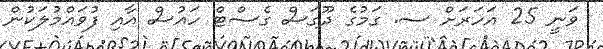
ވަނީ 25 އަހަރަށް ސ. ގަމުގެ ދޫގަސް ގެސްޓް ހައުސް އާއި ފުވައްމުލަކުން